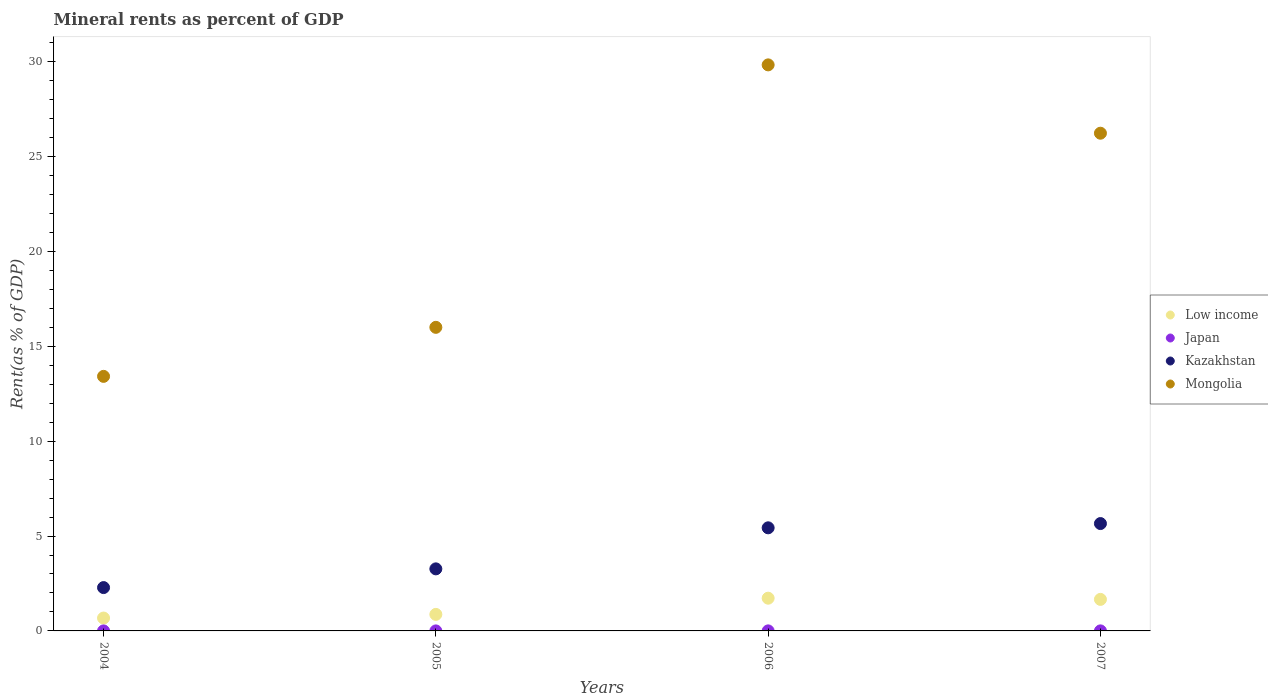
| Years | Low income | Japan | Kazakhstan | Mongolia |
 | --- | --- | --- | --- | --- |
 | 2004 | 0.678 | 0.00053 | 2.28 | 13.4 |
 | 2005 | 0.871 | 0.000703 | 3.27 | 16 |
 | 2006 | 1.72 | 0.00208 | 5.43 | 29.8 |
 | 2007 | 1.66 | 0.00218 | 5.66 | 26.2 |